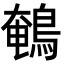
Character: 鵪